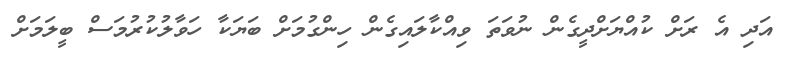
އަދި އެ ރަށް ކުއްޔަށްދީގެން ނުވަތަ ވިއްކާލައިގެން ހިންގުމަށް ބަޔަކާ ހަވާލުކުރުމަސް ބީލަމަށް